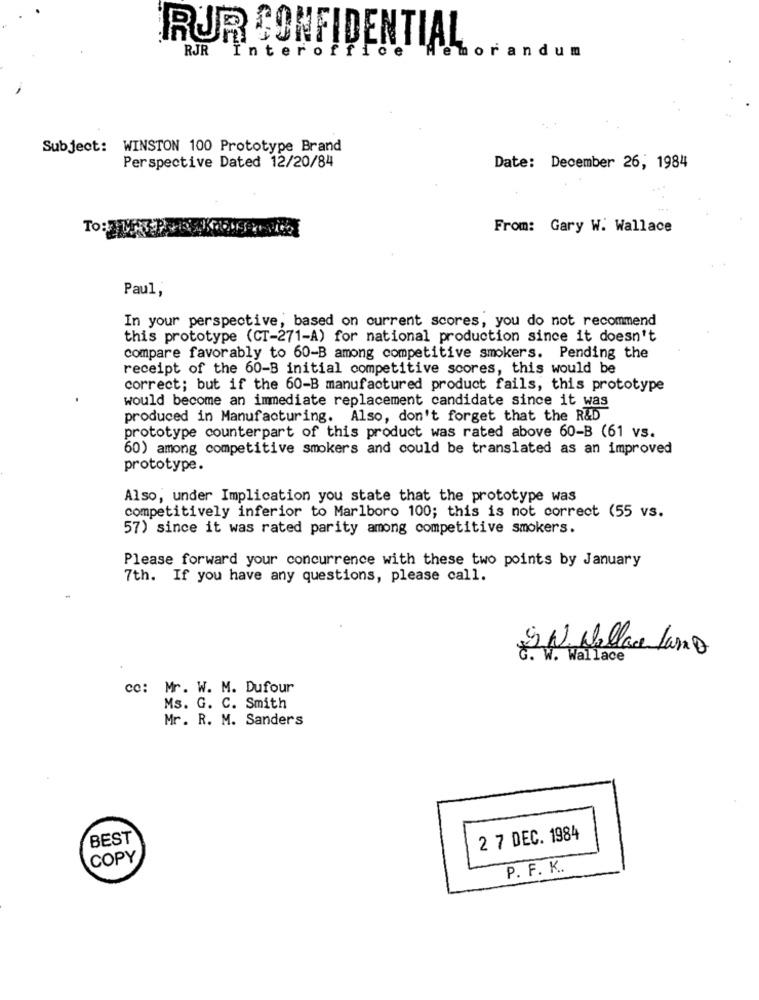
RUR CONFIDENTIAL
RJR
orandum
"Intero
Subject: WINSTON 100 Prototype Brand
Perspective Dated 12/20/84
Date: December 26, 1984
To:
From: Gary W. Wallace
Paul,
In your perspective, based on current scores, you do not recommend
this prototype (CT-271-A) for national production since it doesn't
compare favorably to 60-B among competitive smokers. Pending the
receipt of the 60-B initial competitive scores, this would be
correct; but if the 60-B manufactured product fails, this prototype
would become an immediate replacement candidate since it was
produced in Manufacturing. Also, don't forget that the R&D
prototype counterpart of this product was rated above 60-B (61 vs.
60) among competitive smokers and could be translated as an improved
prototype.
Also, under Implication you state that the prototype was
competitively inferior to Marlboro 100; this is not correct (55 vs.
57) since it was rated parity among competitive smokers.
Please forward your concurrence with these two points by January
7th. If you have any questions, please call.
S.N. Wellao Lano
& . W. Wallace
co: Mr. W. M. Dufour
Ms. G. C. Smith
Mr. R. M. Sanders
BEST
2 7 DEC. 1984
COPY
P. F. K.